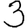
Digit: 3